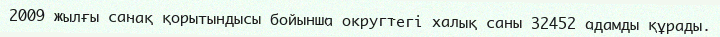
2009 жылғы санақ қорытындысы бойынша округтегі халық саны 32452 адамды құрады.